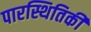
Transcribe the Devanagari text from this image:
पारस्थितिकी